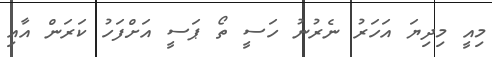
މިއީ މިދިޔަ އަހަރު ނެރުނު ހަސީ ތޯ ޕަސީ އަށްފަހު ކަރަން އާއި